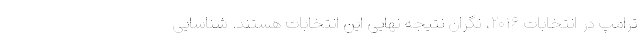
ترامپ در انتخابات ۲۰۱۶، نگران نتیجه نهایی این انتخابات هستند. شناسایی